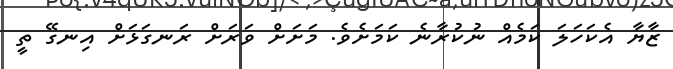
ޒާޔާ އެކަހަލަ ކަމެއް ނުކުރާނެ ކަމަށެވެ. މަށަށް ވަރަށް ރަނގަޅަށް އިނގޭ ތީ